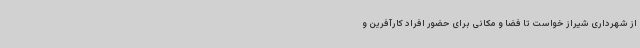
از شهرداری شیراز خواست تا فضا و مکانی برای حضور افراد کارآفرین و